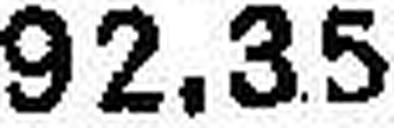
92.35